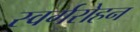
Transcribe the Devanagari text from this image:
स्वर्गरोहन